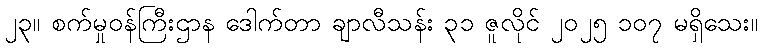
၂၃။ စက်မှုဝန်ကြီးဌာန ဒေါက်တာ ချာလီသန်း ၃၁ ဇူလိုင် ၂၀၂၅ ၁၀၇ မရှိသေး။